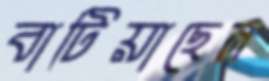
বাটিয়াছেন